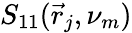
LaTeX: S_{11}(\vec{r}_{j},\nu_{m})